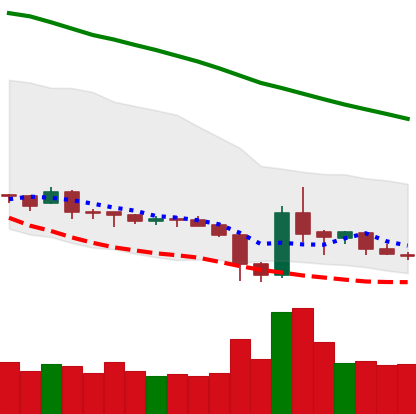
Ticker: XRP-USD
Chart end date: 2019-02-05
Forward return: 3.566%
Label: up_3_5